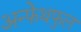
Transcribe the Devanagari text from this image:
अन्फेथफुल